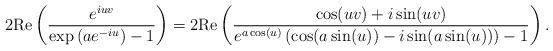
LaTeX: \begin{align*}2\textup{Re}\left(\frac{e^{iuv}}{\exp{\left(ae^{-iu}\right)}-1}\right)=2\textup{Re}\left(\frac{\cos(uv)+i\sin(uv)}{e^{a\cos(u)}\left(\cos(a\sin(u))-i\sin(a\sin(u))\right)-1}\right).\end{align*}